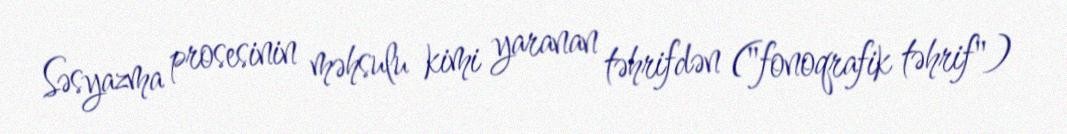
Səsyazma prosesinin məhsulu kimi yaranan təhrifdən ("fonoqrafik təhrif")